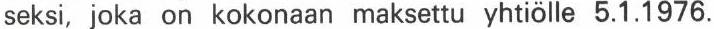
seksi, joka on kokonaan maksettu yhtiölle 5.1.1976.